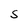
Character: S